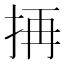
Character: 𭠣